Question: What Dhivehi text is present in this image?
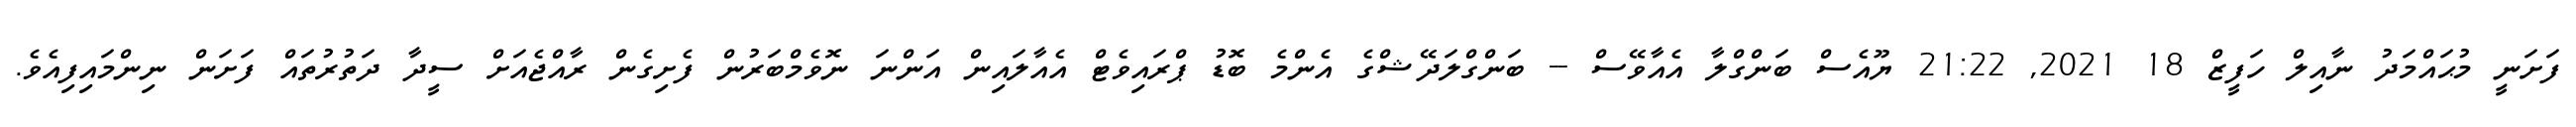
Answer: ފަށަނީ މުޙައްމަދު ނާއިލް ހަފީޒް 18 2021, 21:22 ޔޫއެސް ބަންގްލާ އެއާވޭސް -- ބަންގްލަދޭޝްގެ އެންމެ ބޮޑު ޕްރައިވެޓް އެއާލައިން އަންނަ ނޮވެމްބަރުން ފެށިގެން ރާއްޖެއަށް ސީދާ ދަތުރުތައް ފަށަން ނިންމައިފިއެވެ.